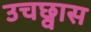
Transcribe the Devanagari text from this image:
उचछ्वास